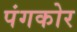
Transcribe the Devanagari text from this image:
पंगकोर